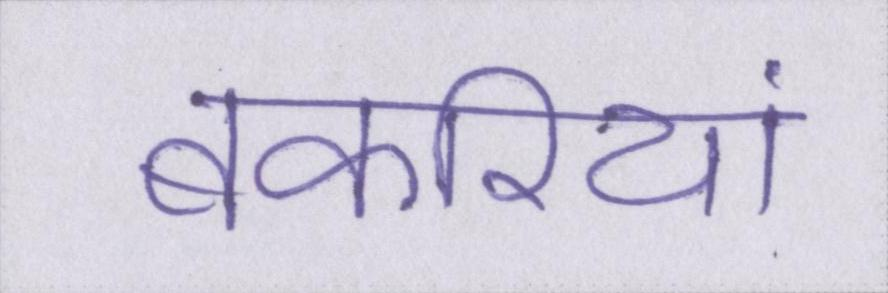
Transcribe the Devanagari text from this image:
बकरियां